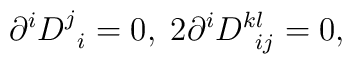
\partial ^iD_{\;\;i}^j=0,\;2\partial ^iD_{\;\;ij}^{kl}=0,